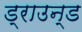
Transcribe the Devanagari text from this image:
ड्राउन्ड